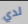
لدي